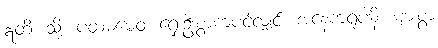
ဣတိ၊ သို့။ ပထမမေဝ၊ ရှေးဦးစွာကပင်လျှင်။ အနေကရူပါနိ၊ များစွာ